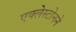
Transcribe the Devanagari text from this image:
एक्लेस्टोनने